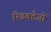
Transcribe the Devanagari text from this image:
रिडक्टेजों